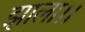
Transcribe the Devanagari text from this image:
झाला।।